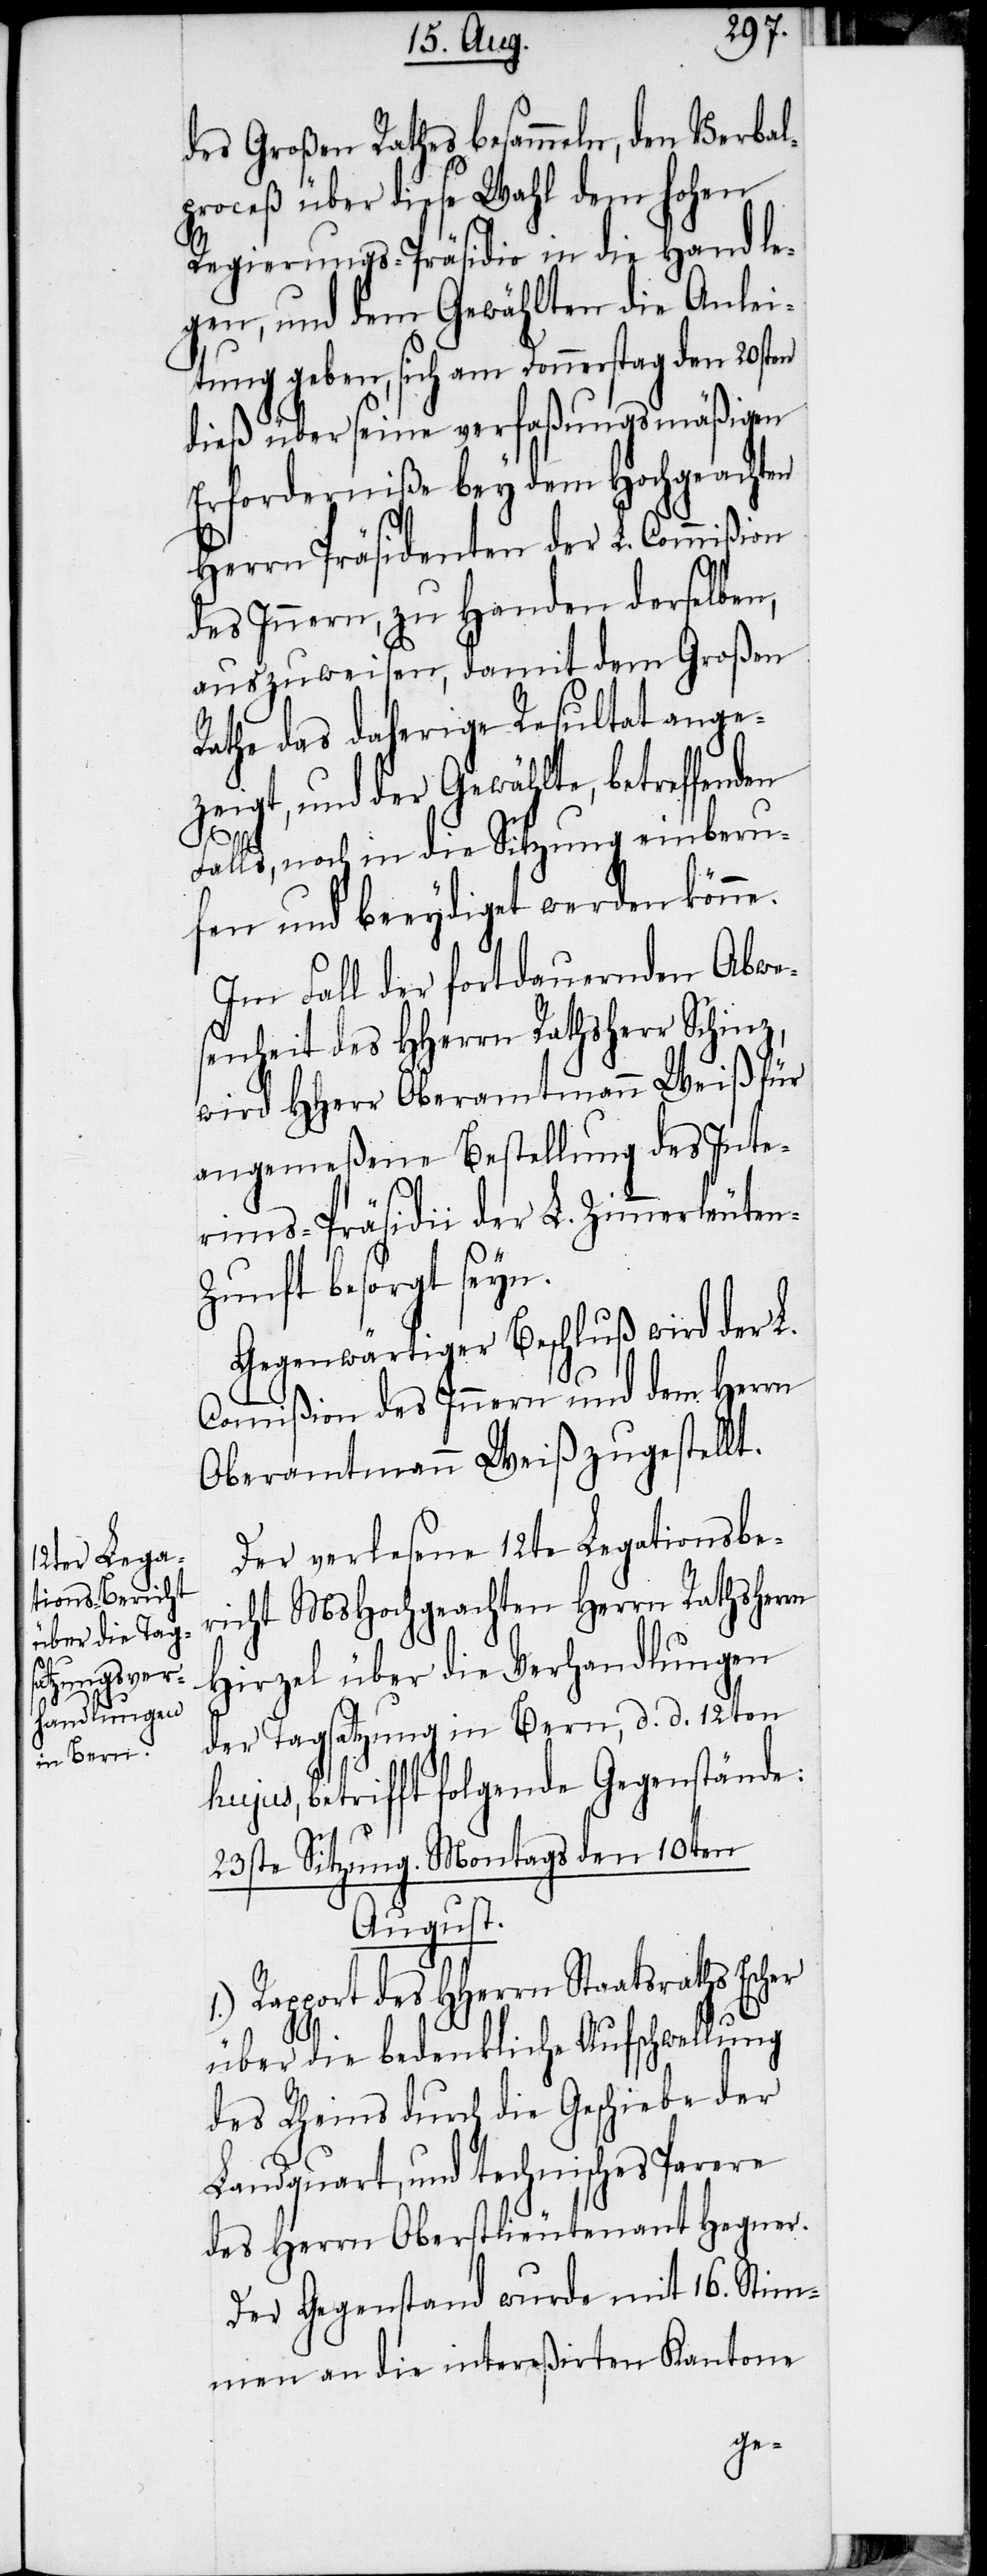
des Großen Rathes besammeln, den Verbal¬
proceß über diese Wahl dem hohen
Regierungs-Präsidio in die Hand le¬
gen, und dem Gewählten die Anlei¬
tung geben, sich am Donnerstag den 20sten
dieß über seine verfaßungsmäßigen
Erforderniße bey dem Hochgeachten
Herrn Präsidenten der L. Commißion
des Innern, zu Handen derselben,
auszuweisen, damit dem Großen
Rathe das daherige Resultat ange¬
zeigt, und der Gewählte, betreffenden
Falls, noch in die Sitzung einberu¬
fen und beeydiget werden könne.
Im Fall der fortdauernden Abwe¬
senheit des HHerrn Rathsherr Schinz,
wird HHerr Oberamtmann Weiß für
angemeßene Bestellung des Inte¬
rims-Präsidii der L. Zimmerleute¬
n-Zunft besorgt seyn.
Gegenwärtiger Beschluß wird der L.
Commision des Innern und dem Herrn
Oberamtmann Weiß zugestellt.
Der verlesene 12te Legationsbe¬
richt MsHochgeachten Herrn Rathsherrn
Hirzel über die Verhandlungen
der Tagsatzung in Bern, d. d. 12ten
hujus, betrifft folgende Gegenstände:
23ste Sitzung. Montags den 10ten
August.
1.) Rapport des HHerrn Staatsraths Escher
über die bedenkliche Aufschwellung
des Rheins durch die Geschiebe der
Landquart, und technisches Parere
des Herrn Oberstlieutenant Hegner.
Der Gegenstand wurde mit 16. Stim¬
men an die intereßirten Kantone